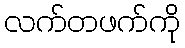
လက်တဖက်ကို